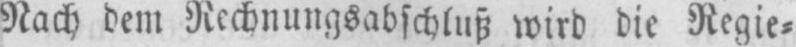
Nach dem Rechnungsabschluß wird die Regie⸗